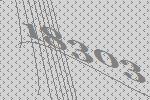
18303